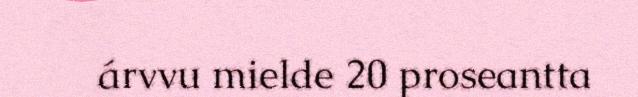
árvvu mielde 20 proseantta